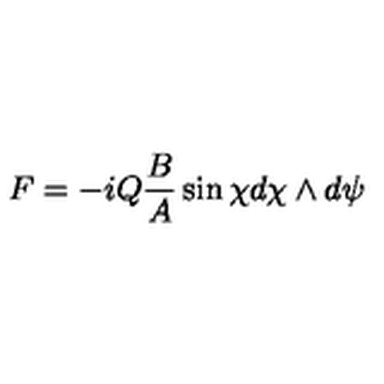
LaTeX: F = - i Q \frac { B } { A } \sin \chi d \chi \wedge d \psi